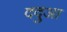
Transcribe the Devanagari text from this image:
ददुआ